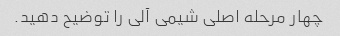
چهار مرحله اصلی شیمی آلی را توضیح دهید.